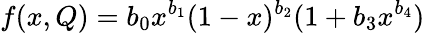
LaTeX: f(x,Q)=b_{0}x^{b_{1}}(1-x)^{b_{2}}(1+b_{3}x^{b_{4}})